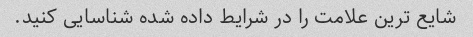
شایع ترین علامت را در شرایط داده شده شناسایی کنید.